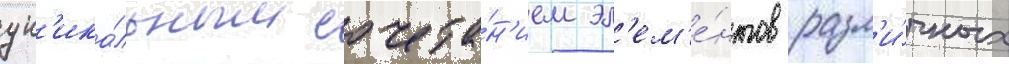
ун'ика́льным сочета́н'ием эл'ем'е́нтов разл'и́чных